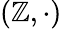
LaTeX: \left(\mathbb{Z},\cdot\right)